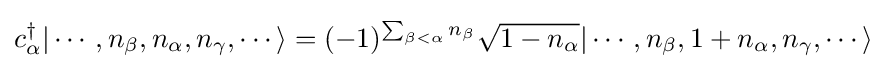
c_{\alpha }^{\dagger }|\cdots ,n_{\beta },n_{\alpha },n_{\gamma },\cdots \rangle =(-1)^{\sum _{\beta <\alpha }n_{\beta }}{\sqrt {1-n_{\alpha }}}|\cdots ,n_{\beta },1+n_{\alpha },n_{\gamma },\cdots \rangle